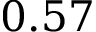
0 . 5 7